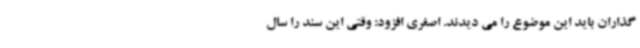
گذاران باید این موضوع را می دیدند. اصغری افزود: وقتی این سند را سال